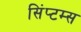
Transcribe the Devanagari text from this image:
सिंप्टम्स